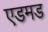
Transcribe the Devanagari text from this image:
एडमड